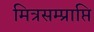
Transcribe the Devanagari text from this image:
मित्रसम्प्राप्ति